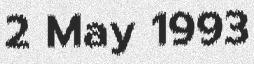
2 May 1993